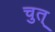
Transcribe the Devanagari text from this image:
चुत्